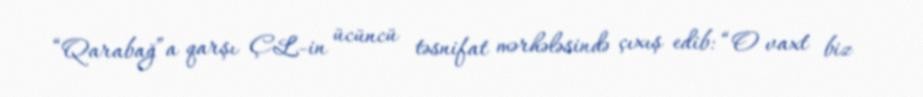
“Qarabağ”a qarşı ÇL-in ücüncü təsnifat mərhələsində çıxış edib: “O vaxt biz